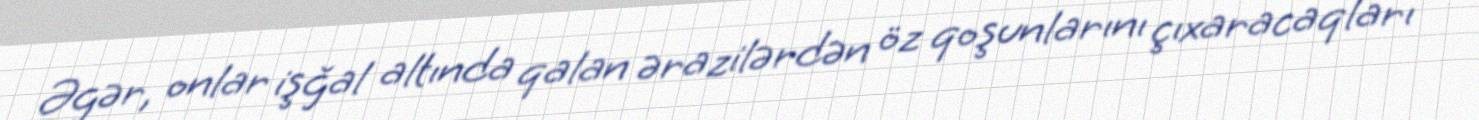
Əgər, onlar işğal altında qalan ərazilərdən öz qoşunlarını çıxaracaqları